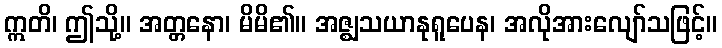
ဣတိ၊ ဤသို့။ အတ္တနော၊ မိမိ၏။ အဇ္ဈသယာနုရူပေန၊ အလိုအားလျော်သဖြင့်။